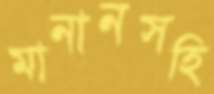
মানানসহি